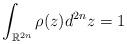
LaTeX: \begin{align*}\int_{{\mathbb{R}}^{2n}}\rho(z)d^{2n}z=1\end{align*}